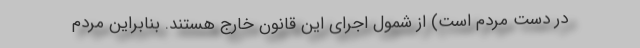
در دست مردم است) از شمول اجرای این قانون خارج هستند. بنابراین مردم